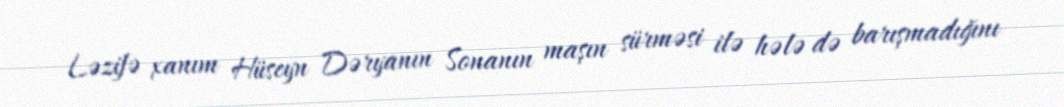
Ləzifə xanım Hüseyn Dəryanın Sonanın maşın sürməsi ilə hələ də barışmadığını